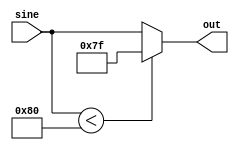
module GenSinHalfWave(
    input [7:0] sine,
    output reg [7:0] out
);
    always @(sine) begin
        if (sine < 8'd128) out = 8'd127;
        else out = sine;
    end
endmodule